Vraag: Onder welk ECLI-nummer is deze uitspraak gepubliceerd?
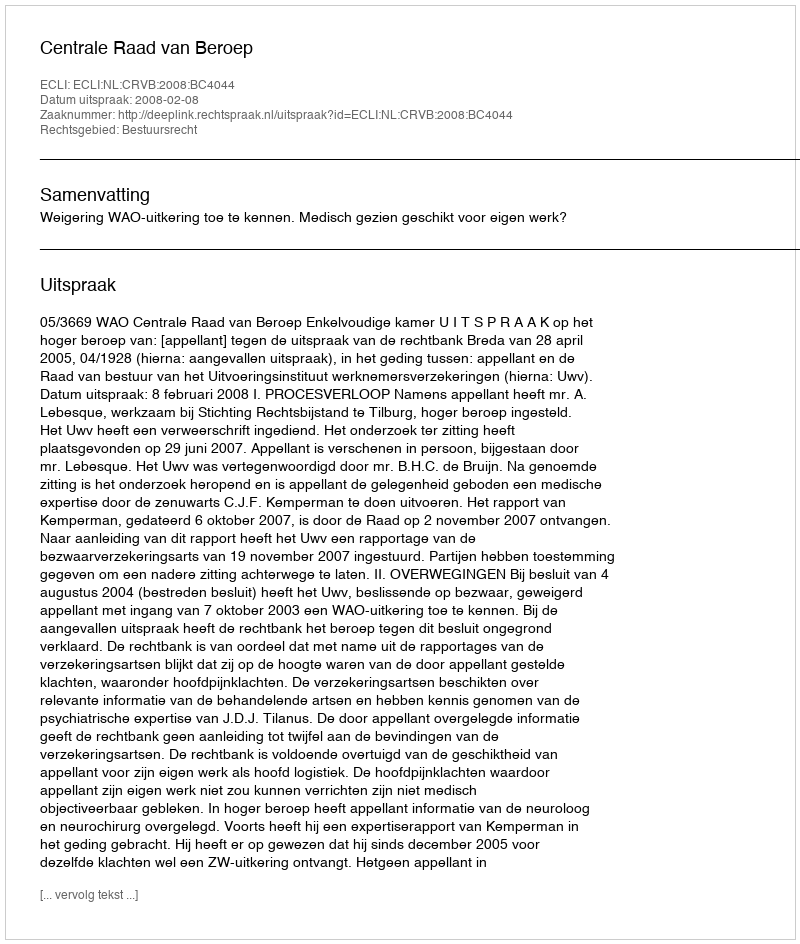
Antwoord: ECLI:NL:CRVB:2008:BC4044